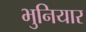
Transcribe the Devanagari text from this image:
भुनियार